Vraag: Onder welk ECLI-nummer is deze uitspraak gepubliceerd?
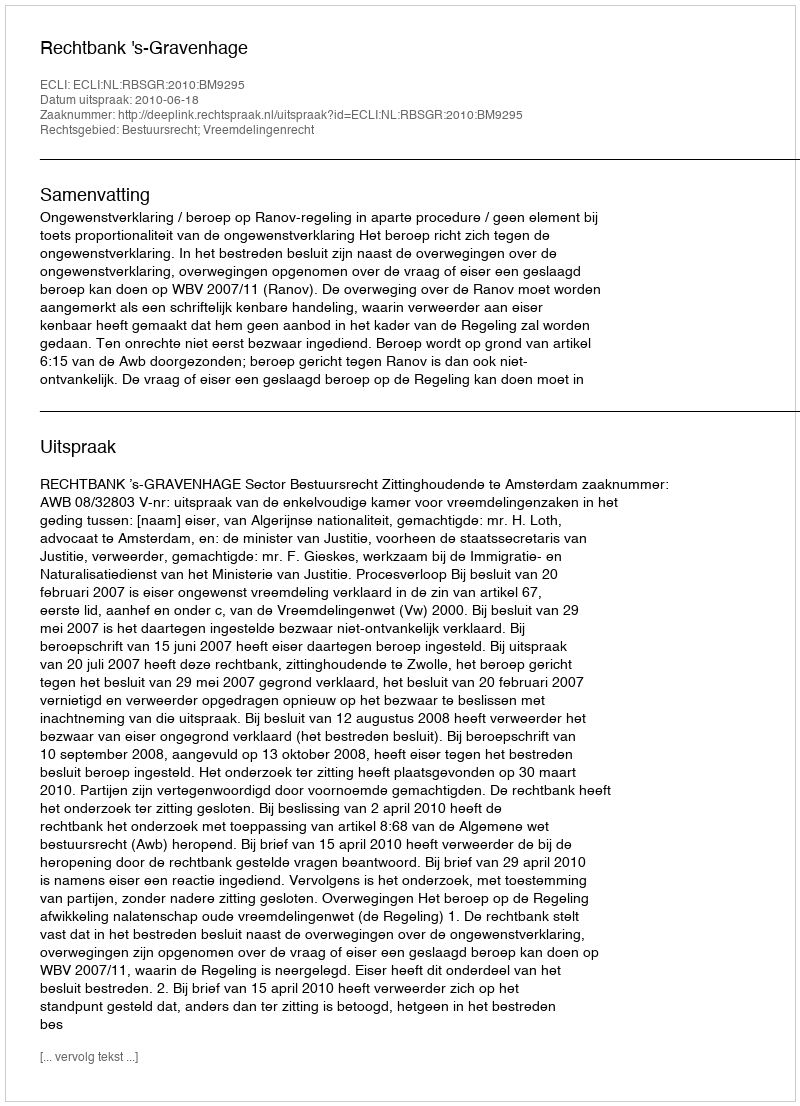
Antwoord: ECLI:NL:RBSGR:2010:BM9295